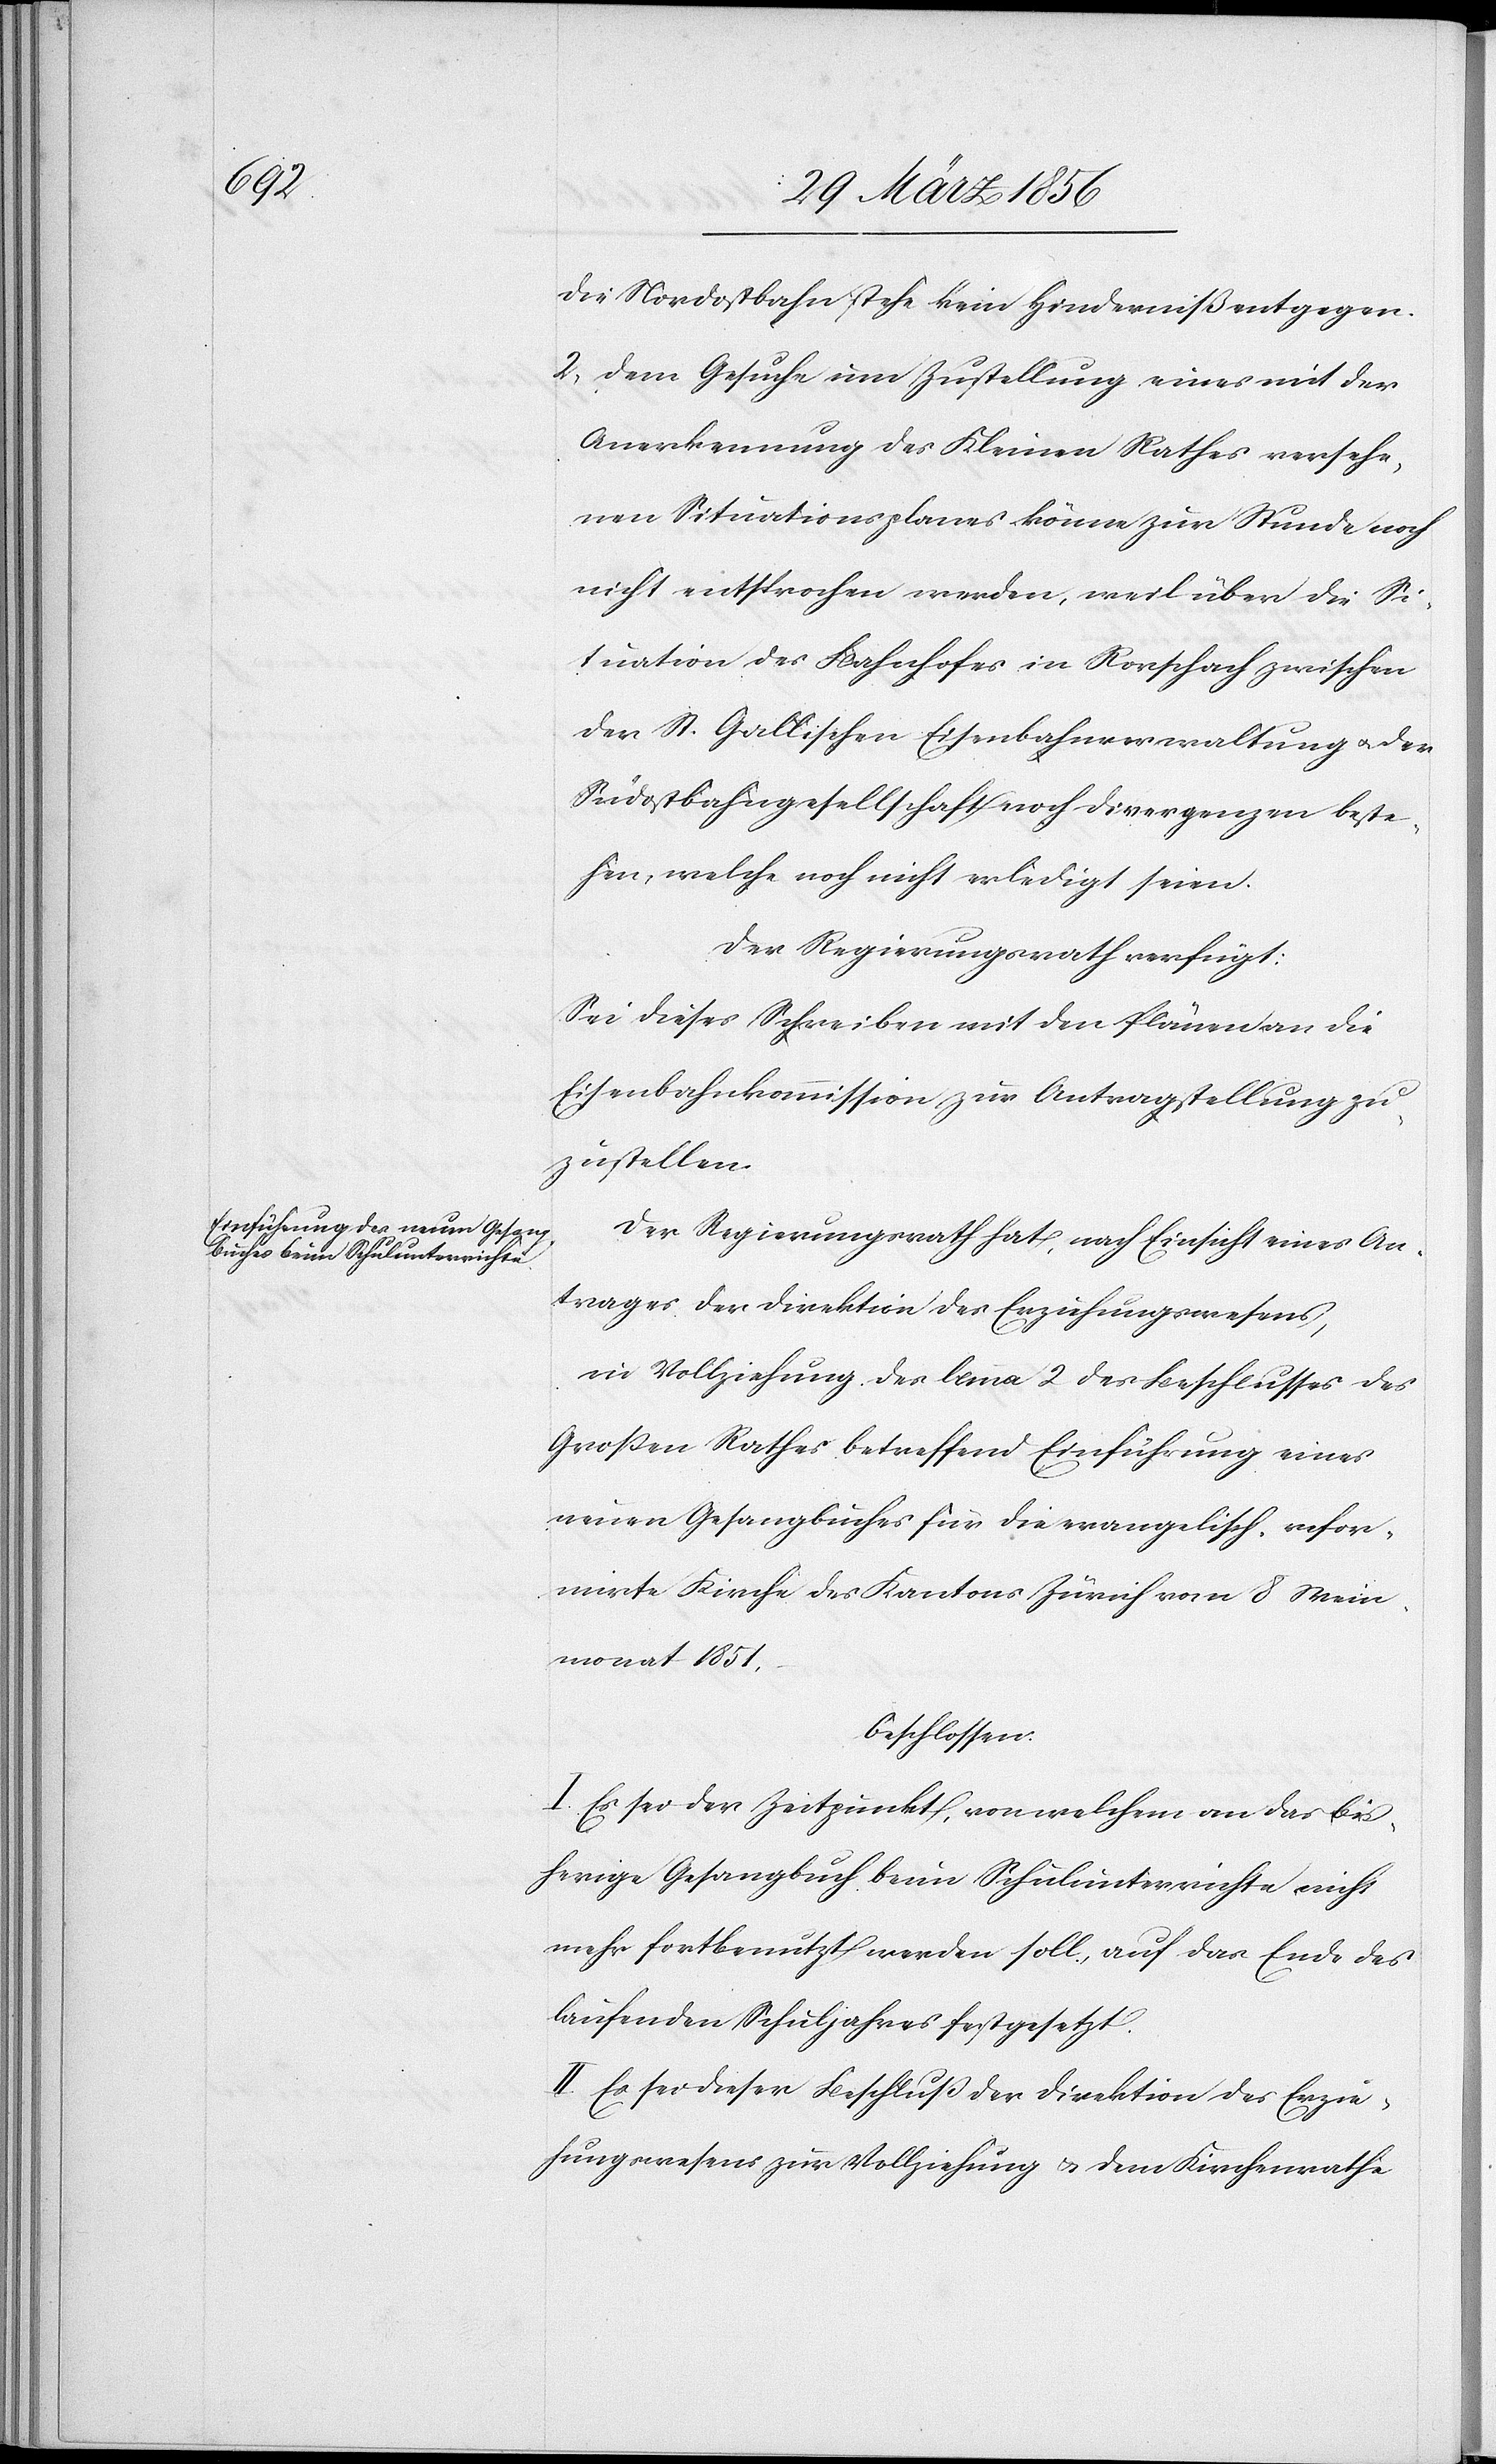
die Nordostbahn stehe kein Hinderniß entgegen.
2, Dem Gesuche um Zustellung eines mit der
Anerkennung des Kleinen Rathes versehe¬
nen Situationsplanes könne zur Stunde noch
nicht entsprochen werden, weil über die Si¬
tuation des Bahnhofes in Rorschach zwischen
der St. Gallischen Eisenbahnverwaltung u. der
Südostbahngesellschaft noch Divergenzen beste¬
hen, welche noch nicht erledigt seien.
Der Regierungsrath verfügt:
Sei dieses Schreiben mit den Plänen an die
Eisenbahnkommission zur Antragstellung zu¬
zustellen.
Der Regierungsrath hat, nach Einsicht eines An¬
trages der Direktion des Erziehungswesens,
in Vollziehung des lemma 2 des Beschlusses des
Großen Rathes betreffend Einführung eines
neuen Gesangbuches für die evangelisch-refor¬
mirte Kirche des Kantons Zürich vom 8 Wein¬
monat 1851,
beschlossen:
I. Es sei der Zeitpunkt, von welchem an das bis¬
herige Gesangbuch beim Schulunterrichte nicht
mehr fortbenutzt werden soll, auf das Ende des
laufenden Schuljahres festgesetzt.
II. Es sei dieser Beschluß der Direktion des Erzie¬
hungswesens zur Vollziehung u. dem Kirchenrathe